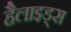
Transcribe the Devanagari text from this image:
हैलाइड्स